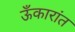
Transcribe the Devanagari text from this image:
ऊँकारांत